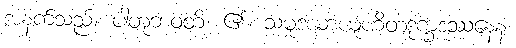
အနက်သည်။ ပါတုဘဝတိ၊ ၏။ သမုဒယာယူဟိတဒုက္ခဒဿနေန၊